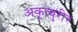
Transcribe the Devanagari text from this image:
अकूत्चुरीर